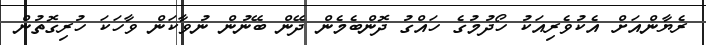
ރެޔާންއަށް އެކުވެރިއަކު ހޯދުމުގެ ހައްގު ދޮންބެމެން ދޭން ބޭނުން ނުވާކަން ވާހަކަ ހުރިގޮތުން